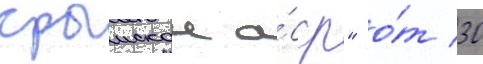
крымскои а́сср" о́т 30